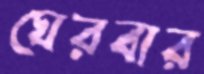
ঘেরবার